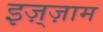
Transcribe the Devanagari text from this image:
इज़्ज़ाम